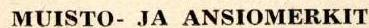
 MUISTO- JA ANSIOMERKIT